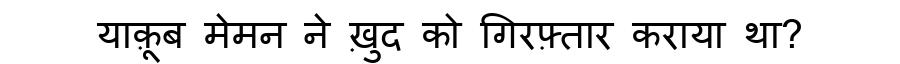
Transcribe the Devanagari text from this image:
याक़ूब मेमन ने ख़ुद को गिरफ़्तार कराया था?